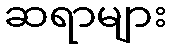
ဆရာများ